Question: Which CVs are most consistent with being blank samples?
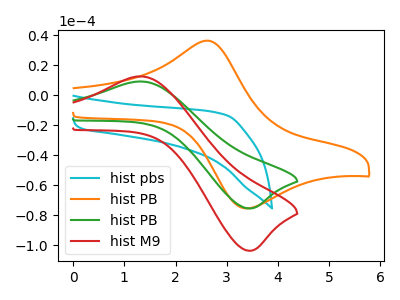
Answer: <think>The cyan curve "hist pbs" has no peaks. The orange curve "hist PB" has an anodic peak at (2.65V, 36.20uA) and a cathodic peak at (3.40V, -75.55uA). The green curve "hist PB" has an anodic peak at (1.30V, 9.10uA) and a cathodic peak at (3.40V, -75.55uA). The red curve "hist M9" has an anodic peak at (1.30V, 12.50uA) and a cathodic peak at (3.40V, -103.75uA).</think>
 <answer>"hist pbs" is likely to be a blank.</answer>
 <eval>hist pbs</eval>